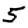
Digit: 5